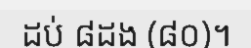
ដប់ ៨ដង (៨០)។